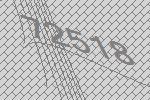
72518